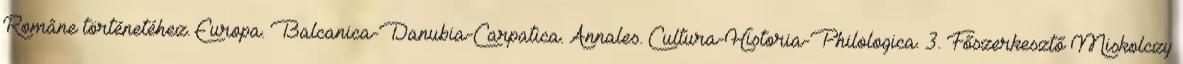
Române történetéhez. Europa. Balcanica-Danubia-Carpatica. Annales. Cultura-Historia-Philologica. 3. Főszerkesztő Miskolczy